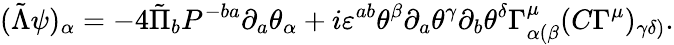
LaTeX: (\tilde{\Lambda}\psi)_{\alpha}=-4\tilde{\Pi}_{b}P^{-ba}\partial_{a}\theta_{\alpha}+i\varepsilon^{ab}\theta^{\beta}\partial_{a}\theta^{\gamma}\partial_{b}\theta^{\delta}\Gamma_{\alpha(\beta}^{\mu}(C\Gamma^{\mu})_{\gamma\delta)}.